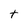
Character: t